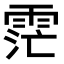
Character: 𮦏